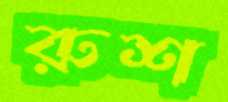
রুশ